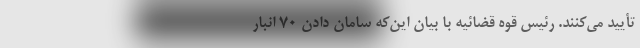
تأیید می‌کنند. رئیس قوه قضائیه با بیان این‌که سامان دادن ۷۰ انبار